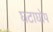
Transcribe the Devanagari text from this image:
घटाघोप